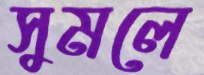
সুমলে